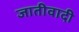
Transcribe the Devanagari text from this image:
जातीवादी